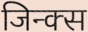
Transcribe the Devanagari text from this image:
जिन्क्स